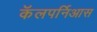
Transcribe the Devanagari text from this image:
कॅलपर्निआस